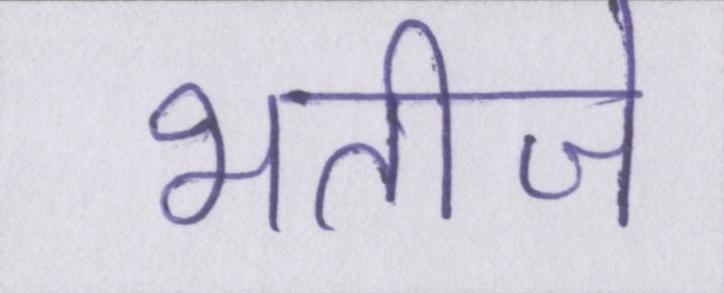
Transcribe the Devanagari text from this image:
भतीजे